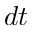
d t